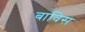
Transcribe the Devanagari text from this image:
बाविस